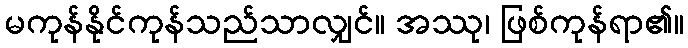
မကုန်နိုင်ကုန်သည်သာလျှင်။ အဿု၊ ဖြစ်ကုန်ရာ၏။